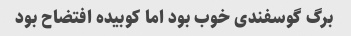
برگ گوسفندی خوب بود اما کوبیده افتضاح بود